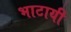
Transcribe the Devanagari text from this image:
भाटायी